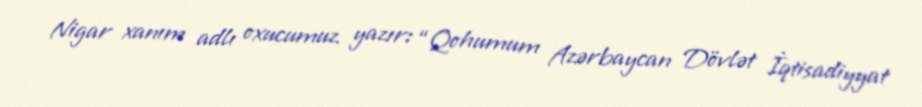
Nigar xanım adlı oxucumuz yazır: “Qohumum Azərbaycan Dövlət İqtisadiyyat